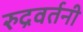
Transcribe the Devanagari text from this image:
रुद्रवर्तनी